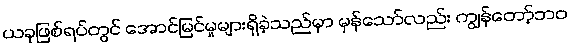
ယခုဖြစ်ရပ်တွင် အောင်မြင်မှုများရှိခဲ့သည်မှာ မှန်သော်လည်း ကျွန်တော့်ဘဝ